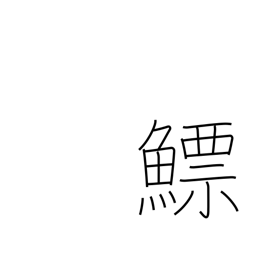
Meaning: fish bladder